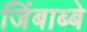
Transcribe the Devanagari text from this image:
जिंबाब्बे